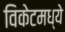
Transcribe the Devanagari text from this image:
विकेटमध्ये